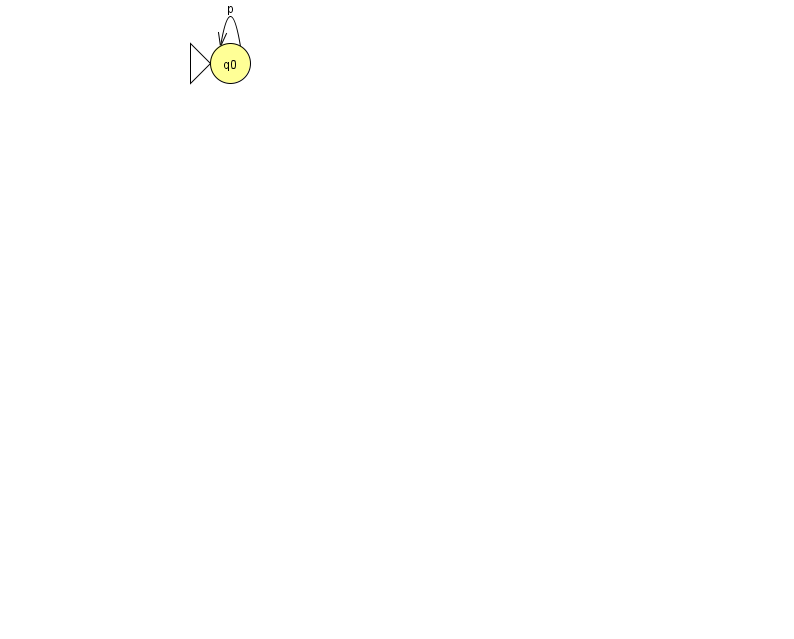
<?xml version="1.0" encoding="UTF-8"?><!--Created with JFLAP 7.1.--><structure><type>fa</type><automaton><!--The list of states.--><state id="0" name="q0"><x>230.0</x><y>50.0</y><initial/></state><!--The list of transitions.--><transition><from>0</from><to>0</to><read>p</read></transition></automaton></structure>